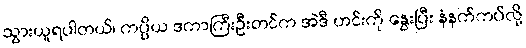
သွားယူရပါတယ်၊ ကပ္ပိယ ဒကာကြီးဦးတင်က အဲဒီ ဟင်းကို နွေးပြီး နံနက်ကပ်လို့